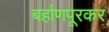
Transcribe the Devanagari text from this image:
बर्हाणपूरकर